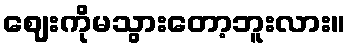
ဈေးကိုမသွားတော့ဘူးလား။